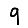
Digit: 9